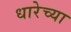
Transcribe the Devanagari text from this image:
धारेच्या